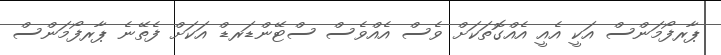
ޕާރފޯމަންސް އަކީ އެއީ އެއްގޮތަކަށް ވެސް އެއްވެސް ސްޓޭންޑަރޑް އަކަށް ފެތޭނެ ޕާރފޯމަންސް